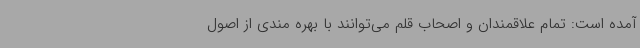
آمده است: تمام علاقمندان و اصحاب قلم می‌توانند با بهره مندی از اصول